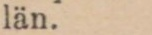
län.